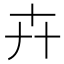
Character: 𠦄